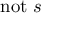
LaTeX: \mathrm { n o t } ~ s